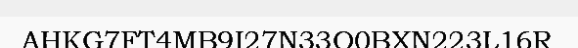
AHKG7FT4MB9I27N33O0BXN223L16R